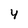
Character: 4